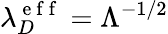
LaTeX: \lambda_{D}^{\mathrm{~e~f~f~}}=\Lambda^{-1/2}